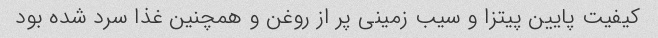
کیفیت پایین پیتزا و سیب زمینی پر از روغن و همچنین غذا سرد شده بود